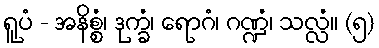
ရူပံ - အနိစ္စံ၊ ဒုက္ခံ၊ ရောဂံ၊ ဂဏ္ဍံ၊ သလ္လံ။ (၅)